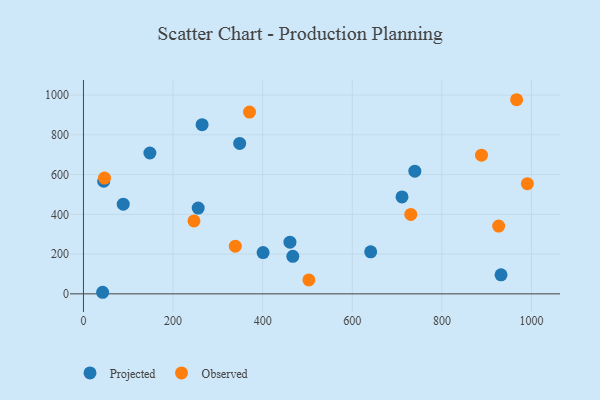
{"axis": {"x": "Speed", "y": "Profit"}, "legend": ["Observed", "Projected"], "data": [{"x": "739.6", "y": 617.1, "type": "Projected"}, {"x": "400.9", "y": 207.7, "type": "Projected"}, {"x": "711.0", "y": 487.8, "type": "Projected"}, {"x": "641.1", "y": 211.6, "type": "Projected"}, {"x": "45.2", "y": 566.5, "type": "Projected"}, {"x": "932.0", "y": 95.6, "type": "Projected"}, {"x": "264.8", "y": 850.9, "type": "Projected"}, {"x": "42.8", "y": 7.9, "type": "Projected"}, {"x": "460.9", "y": 259.7, "type": "Projected"}, {"x": "348.7", "y": 757.0, "type": "Projected"}, {"x": "256.1", "y": 431.6, "type": "Projected"}, {"x": "148.3", "y": 708.6, "type": "Projected"}, {"x": "467.3", "y": 188.7, "type": "Projected"}, {"x": "88.8", "y": 451.1, "type": "Projected"}, {"x": "338.9", "y": 239.6, "type": "Observed"}, {"x": "730.6", "y": 399.4, "type": "Observed"}, {"x": "370.6", "y": 914.3, "type": "Observed"}, {"x": "888.4", "y": 697.8, "type": "Observed"}, {"x": "926.7", "y": 340.8, "type": "Observed"}, {"x": "246.7", "y": 366.7, "type": "Observed"}, {"x": "503.1", "y": 70.0, "type": "Observed"}, {"x": "966.8", "y": 976.6, "type": "Observed"}, {"x": "990.8", "y": 554.3, "type": "Observed"}, {"x": "47.0", "y": 582.2, "type": "Observed"}]}